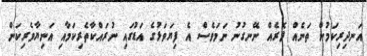
އަނދިރިކަމުން ތަނެއް ދޮރެއް ނޭނގުނު ނަމަވެސް އެ ފިޔަވަޅުގެ އަޑުގައި ނުރައްކާތެރިކަމާއި އަނިޔާވެރިކަން